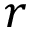
r